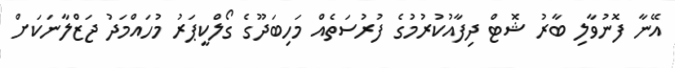
އޭނާ ފޮނުވާލި ބާރު ޝޮޓް ދިފާއުކުުރުމުގެ ފުރުސަތެއް މަހިބަދޫގެ ގޯލްކީޕަރު މުހައްމަދު ޖަޒްލާނަކަށް